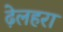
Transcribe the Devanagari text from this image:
ढ़ेलहरा